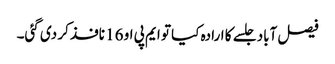
فیصل آباد جلسے کا ارادہ کیا تو ایم پی او 16 نافذ کر دی گئی۔